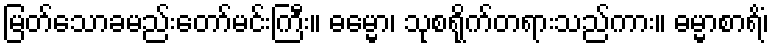
မြတ်သောခမည်းတော်မင်းကြီး။ ဓမ္မော၊ သုစရိုက်တရားသည်ကား။ ဓမ္မာစာရိံ၊